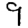
Digit: 9